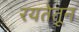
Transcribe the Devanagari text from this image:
रयतेतून